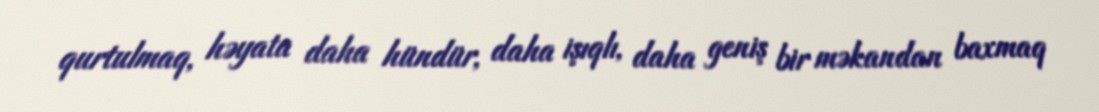
qurtulmaq, həyata daha hündür, daha işıqlı, daha geniş bir məkandan baxmaq